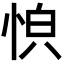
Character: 𫺏